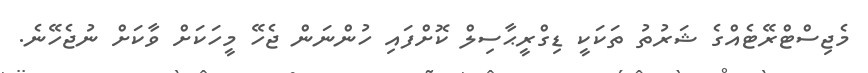
މެޖިސްޓްރޭޓެއްގެ ޝަރުތު ތަކަކީ ޑިގްރީޙާސިލް ކޮށްފައި ހުންނަން ޖެހޭ މީހަކަށް ވާކަށް ނުޖެހޭނެ.